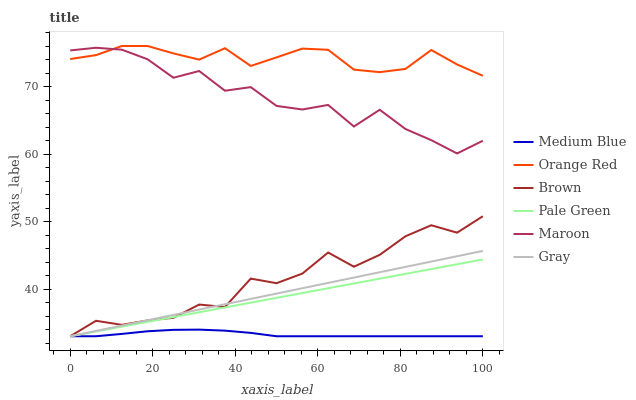
| xaxis_label | Medium Blue | Orange Red | Brown | Pale Green | Maroon | Gray |
 | --- | --- | --- | --- | --- | --- | --- |
 | 0 | 33 | 74.1 | 33 | 33 | 75.3 | 33 |
 | 6.25 | 33 | 74.7 | 35.3 | 33.7 | 75.7 | 33.8 |
 | 12.5 | 33.3 | 76 | 34.7 | 34.4 | 75.5 | 34.6 |
 | 18.8 | 33.7 | 76 | 35.3 | 35.1 | 74 | 35.4 |
 | 25 | 33.9 | 74.9 | 35.7 | 35.8 | 71.3 | 36.2 |
 | 31.2 | 34 | 74 | 37.7 | 36.6 | 72.3 | 37 |
 | 37.5 | 33.8 | 75.7 | 37.3 | 37.3 | 69.4 | 37.7 |
 | 43.8 | 33.5 | 73 | 41.5 | 38 | 69.9 | 38.5 |
 | 50 | 33 | 74.3 | 40.9 | 38.7 | 67.1 | 39.3 |
 | 56.2 | 33 | 75.6 | 42.3 | 39.4 | 66.6 | 40.1 |
 | 62.5 | 33 | 75.4 | 45.4 | 40.1 | 67.3 | 40.9 |
 | 68.8 | 33 | 72.5 | 43.3 | 40.8 | 64.1 | 41.7 |
 | 75 | 33 | 72.1 | 45.1 | 41.5 | 66.6 | 42.5 |
 | 81.2 | 33 | 72.6 | 47.8 | 42.2 | 63.7 | 43.3 |
 | 87.5 | 33 | 75.4 | 49.4 | 43 | 62.1 | 44.1 |
 | 93.8 | 33 | 73.3 | 48.3 | 43.7 | 60.1 | 44.9 |
 | 100 | 33 | 71.6 | 50.8 | 44.4 | 62 | 45.6 |